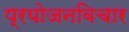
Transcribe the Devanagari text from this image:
प्रयोजनविचार